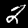
Digit: 2